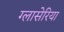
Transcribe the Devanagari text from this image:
ग्लासेरिया